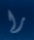
را